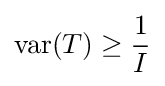
\operatorname {var} (T)\geq {\frac {1}{I}}